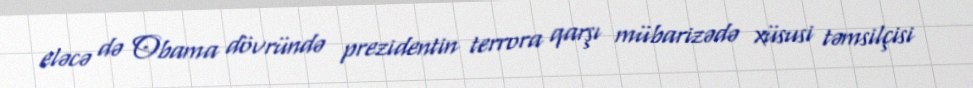
eləcə də Obama dövründə prezidentin terrora qarşı mübarizədə xüsusi təmsilçisi